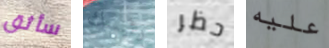
سأثق رئيسك حظر عليه